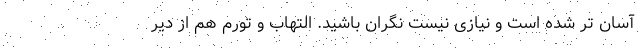
آسان تر شده است و نیازی نیست نگران باشید. التهاب و تورم هم از دیر